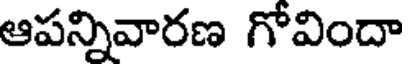
ఆపన్నివారణ గోవిందా